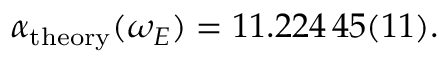
\begin{array} { r } { \alpha _ { \mathrm { t h e o r y } } ( \omega _ { E } ) = 1 1 . 2 2 4 \, 4 5 ( 1 1 ) . } \end{array}